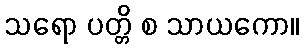
သရော ပတ္တိ စ သာယကော။